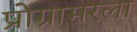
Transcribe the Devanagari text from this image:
प्रोग्रामरला